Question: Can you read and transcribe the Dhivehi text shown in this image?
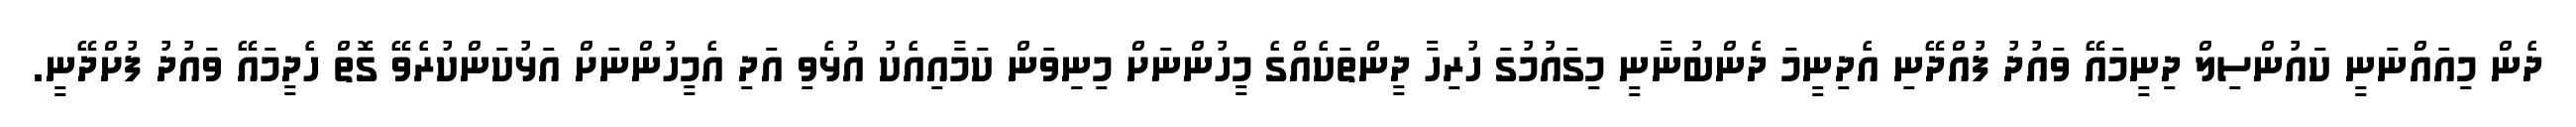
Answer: ދެން މިއައްނަނީ ކައުންސިލް ދިނީމައޭ ވައުދު ފުއްދޭނި އެދިނީމަ ދެންބުނާނީ މިގައުމުގަ ހުރިހާ ދީންތަކެއްގެ މީހުންނަށް މިނިިވަން ކަމާއިއެކު އުޅެވި އަދި އެމީހުންނަށް އަޅުކަންކުރެވޭ ގޮތް ހެދީމައޭ ވައުދު ފުށްދޭނީ.